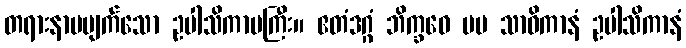
တရားနာမပျက်သော ဥပါသိကာမကြီး။ ဧတံဒဂ္ဂံ ဘိက္ခဝေ မမ သာဝိကာနံ ဥပါသိကာနံ